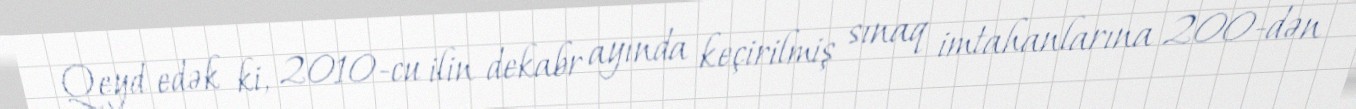
Qeyd edək ki, 2010-cu ilin dekabr ayında keçirilmiş sınaq imtahanlarına 200-dən